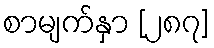
စာမျက်နှာ [၂၈၇]